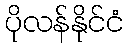
ပိုလန်နိုင်ငံ